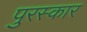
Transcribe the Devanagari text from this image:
पुरस्कार